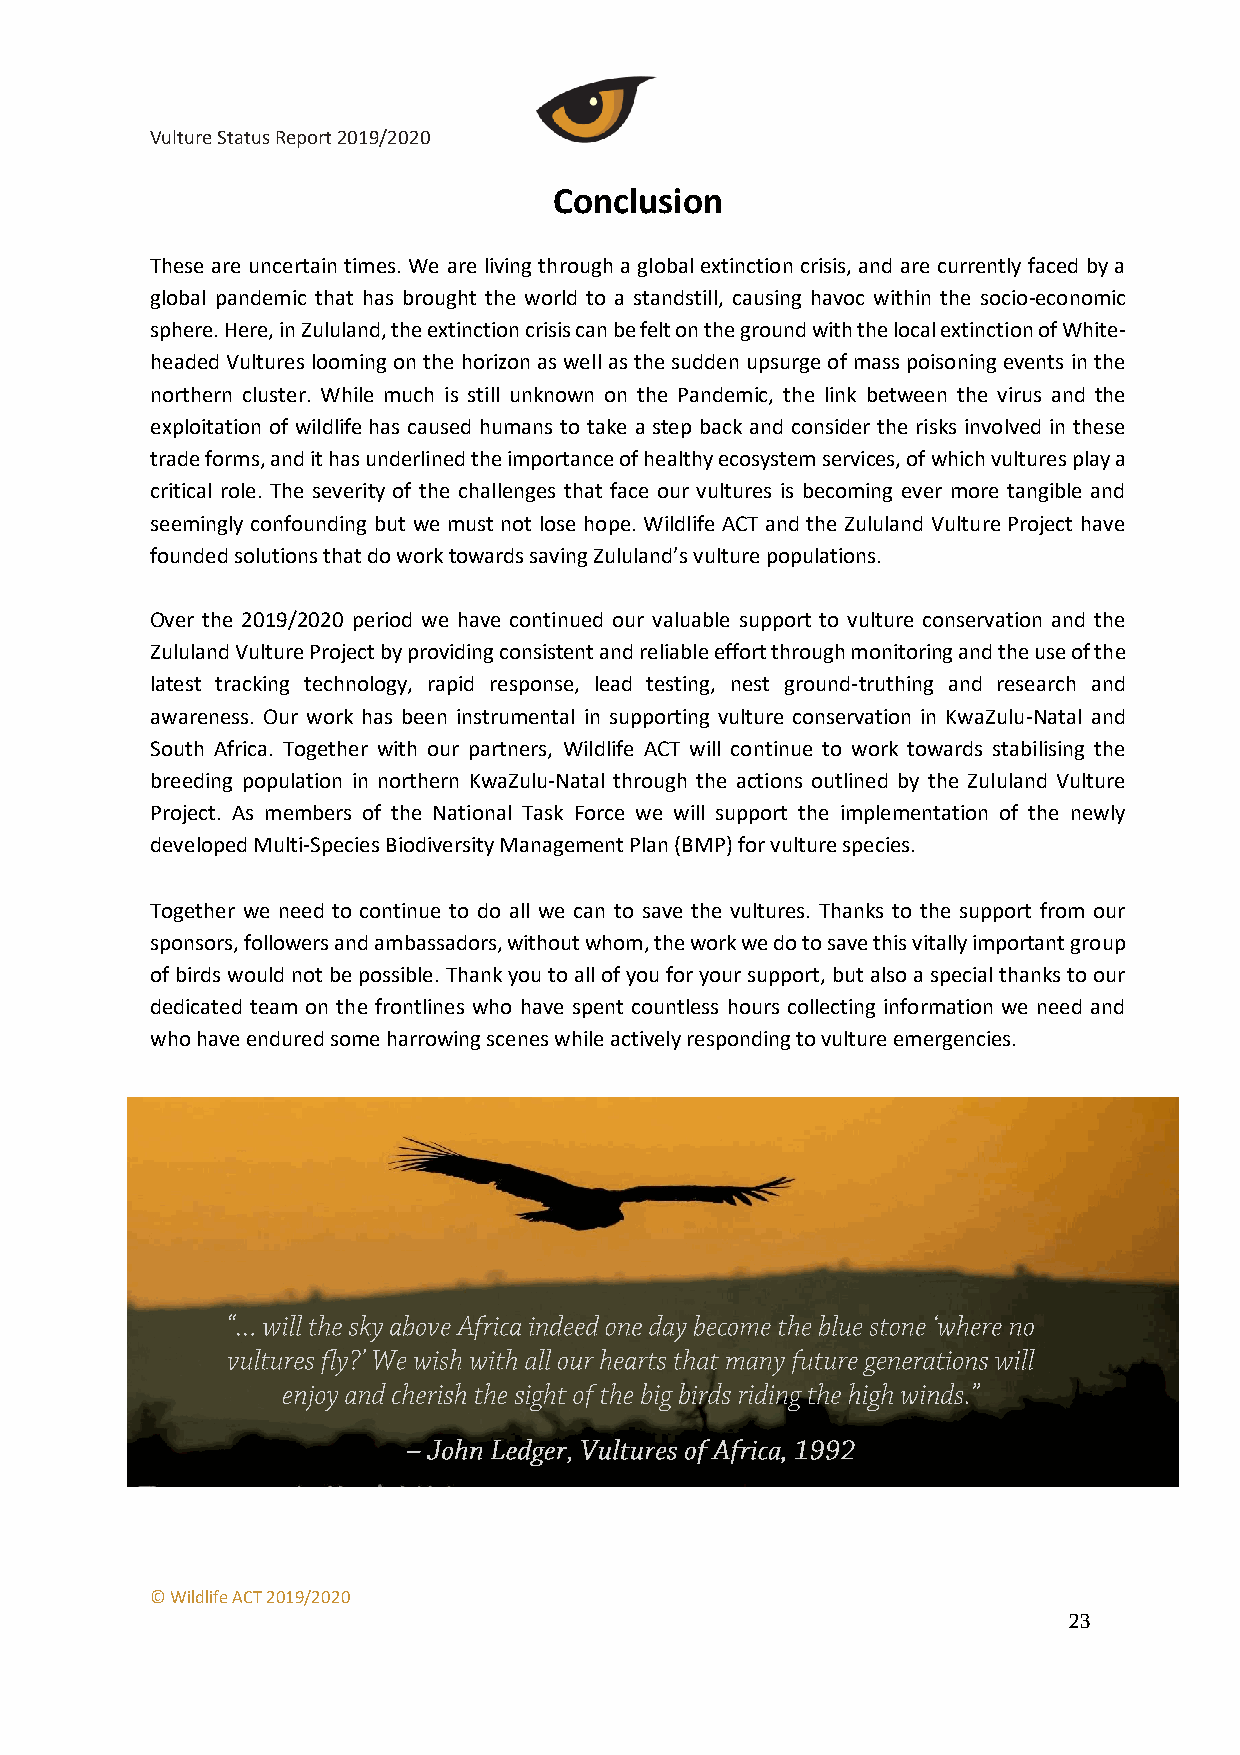
Vulture Status Report 2019/2020
 Conclusion
 These are uncertain times. We are living through a global extinction crisis, and are currently faced by a
 global pandemic that has brought the world to a standstill, causing havoc within the socio-economic
 sphere. Here, in Zululand, the extinction crisis can be felt on the ground with the local extinction of White-
 headed Vultures looming on the horizon as well as the sudden upsurge of mass poisoning events in the
 northern cluster. While much is still unknown on the Pandemic, the link between the virus and the
 exploitation of wildlife has caused humans to take a step back and consider the risks involved in these
 trade forms, and it has underlined the importance of healthy ecosystem services, of which vultures play a
 critical role. The severity of the challenges that face our vultures is becoming ever more tangible and
 seemingly confounding but we must not lose hope. Wildlife ACT and the Zululand Vulture Project have
 founded solutions that do work towards saving Zululand’s vulture populations.
 Over the 2019/2020 period we have continued our valuable support to vulture conservation and the
 Zululand Vulture Project by providing consistent and reliable effort through monitoring and the use of the
 latest tracking technology, rapid response, lead testing, nest ground-truthing and research and
 awareness. Our work has been instrumental in supporting vulture conservation in KwaZulu-Natal and
 South Africa. Together with our partners, Wildlife ACT will continue to work towards stabilising the
 breeding population in northern KwaZulu-Natal through the actions outlined by the Zululand Vulture
 Project. As members of the National Task Force we will support the implementation of the newly
 developed Multi-Species Biodiversity Management Plan (BMP) for vulture species.
 Together we need to continue to do all we can to save the vultures. Thanks to the support from our
 sponsors, followers and ambassadors, without whom, the work we do to save this vitally important group
 of birds would not be possible. Thank you to all of you for your support, but also a special thanks to our
 dedicated team on the frontlines who have spent countless hours collecting information we need and
 who have endured some harrowing scenes while actively responding to vulture emergencies.
 © Wildlife ACT 2019/2020
 23